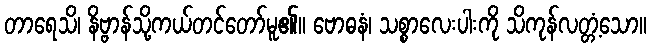
တာရေသိ၊ နိဗ္ဗာန်သို့ကယ်တင်တော်မူ၏။ ဗောဓနံ၊ သစ္စာလေးပါးကို သိကုန်လတ္တံ့သော။